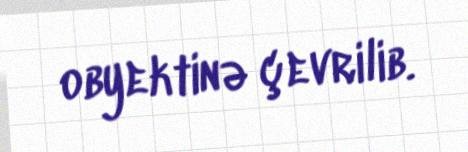
obyektinə çevrilib.